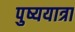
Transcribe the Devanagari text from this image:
पुष्ययात्रा